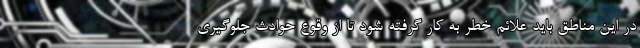
در این مناطق باید علائم خطر به کار گرفته شود تا از وقوع حوادث جلوگیری